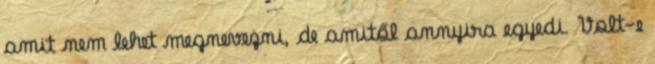
amit nem lehet megnevezni, de amitől annyira egyedi. Volt-e